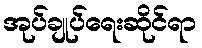
အုပ်ချုပ်ရေးဆိုင်ရာ